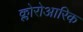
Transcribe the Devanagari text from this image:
क्लोरोआरिक